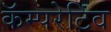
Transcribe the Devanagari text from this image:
कॅम्परेटिव